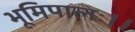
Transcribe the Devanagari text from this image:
भूमिपालः।।